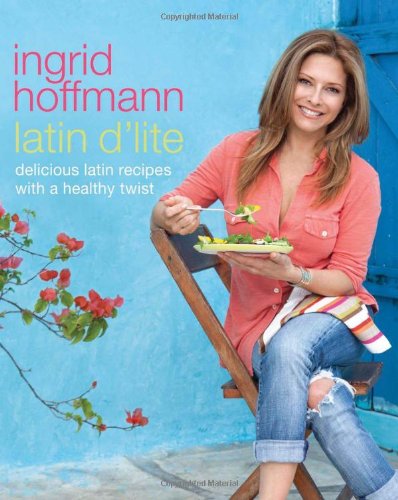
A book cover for Latin d'Lite: Delicious Latin Recipes with a Healthy Twist; Ingrid Hoffmann; Cookbooks, Food & Wine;